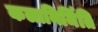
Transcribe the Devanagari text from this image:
कलानिर्मिति